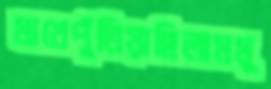
মাখেপুঁতিয়াছিলামমু